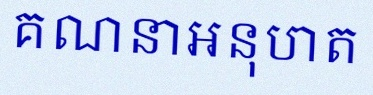
គណនាអនុបាត